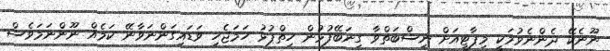
ނޫނެކޭ ދެންނެވުމަކީ މިޕާޓީއަށް ނިސްބަތްވާ ގިނަބޭފުޅުން ހިތްޕުޅު ހަމަޖެހި ވަޑައިގަންނަވާނޭ ކަމެއް ނޫންނަމަވެސް